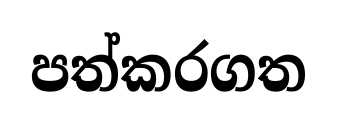
පත්කරගත